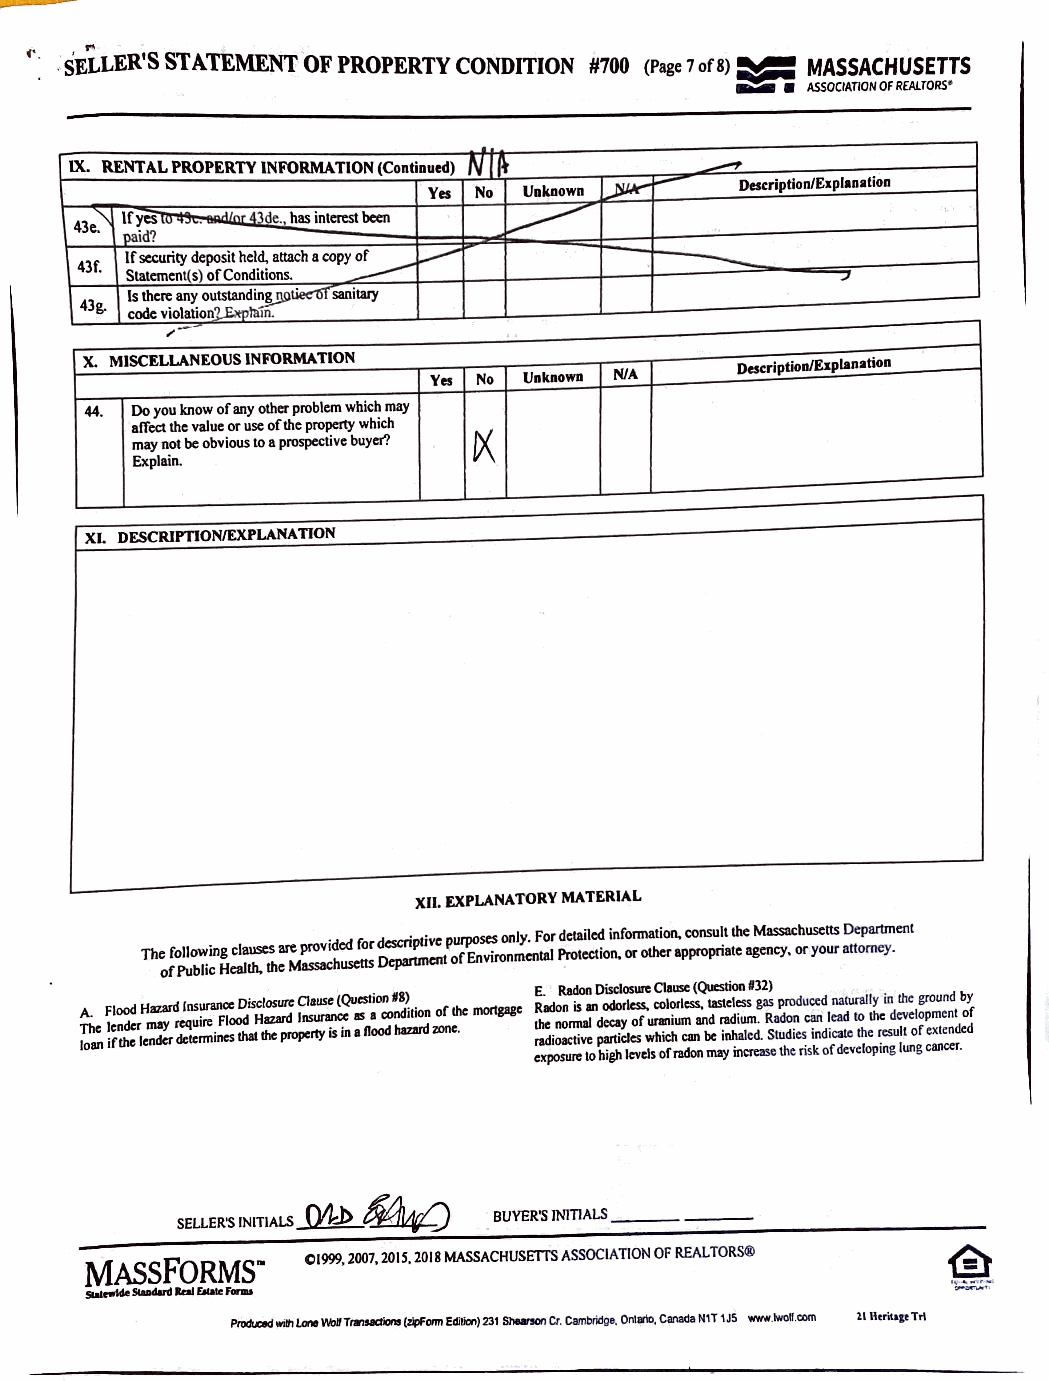
..
 (·. .:S ELLER'S STATEMENT OF PROPERTY CONDITION #700 (Page 7 ofB) :,_ MASSACHUSETTS
 ....
 ASSOCIATION Of REALTORS'
 .
 IX. RENTAL PROPERTY INFORMATION (Continued) Nil ,__
 Description/Explanation
 Yes No Unknown 1:JJk"
 --
 " lfycs'° - . ~ de., has int=st been
 43e.
 naid?
 If security deposit held, attach a copy of L..----"
 43f.
 Statcmcnt(s) of Conditions. ____...            7
 Is there any outstandi~tiec15I saniwy
 43g.
 code violation? "-lam.
 ---
 x. MISCELLANEOUS INFORMATION                Description/Explanation
 Yes No Unknown NIA
 44. Do you know of any other problem which may
 affect the value or use of the property which
 !)(
 may not be obvious to a prospective buyer?
 Explain.
 XI. DESCRimON/EXPLANAT ION
 XII. EXPLANATORY MATERIAL
 The following clauses arc provided for descriptive purposes only. For detailed information, consult the Massachusetts Department
 of Public Health, the Massachusetts Department of Environmental Protection. or other appropriate agency, or your attorney.
 E. Radon Disclosure Clause (Question #32)
 A. Flood Hazard Insurance Disclosure Clause (Questioo #8) Radon is 111 odorless. colorless, tasteless gas produced naturally in the ground by
 The lender may require Flood Hazard Insurance as a condition of lhe mortgage the normal decay of wanium and radium. Radon can lead to the development of
 loan if the lender dcti:rmines that the property is in a Rood hazanl zone. radioactive partides which can be inhaled. Studies indicati: the result of extended
 exposure to high levels of radon may increase \he risk of developing lung cancer.
 MtVJ
 00           BUYER'S INITIALS ______
 SELLER'S INITIALS
 01999, 2007, 201S, 2018 MASSACHUSETTS ASSOCIATION OF REALTORS®
 MASS FORMS'"
 _,..ide-..llltal_,.F.,..
 __,  __ w,,r,.,_
 (,VOffll Editicn) 231 -.0,, Cr. Cambridge. Onlirio, Canada NIT 1J5 www.lwo~.CCIII 11 lltritl&t Tri